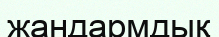
жандармдық